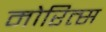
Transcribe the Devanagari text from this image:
मोरित्स